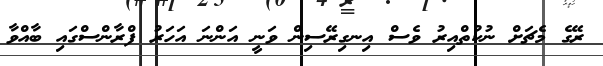
ރޭގެ މެޗަށް ނުކުތްއިރު ވެސް އިނގިރޭސިން ވަނީ އަންނަ އަހަރު ފްރާންސްގައި ބާއްވާ